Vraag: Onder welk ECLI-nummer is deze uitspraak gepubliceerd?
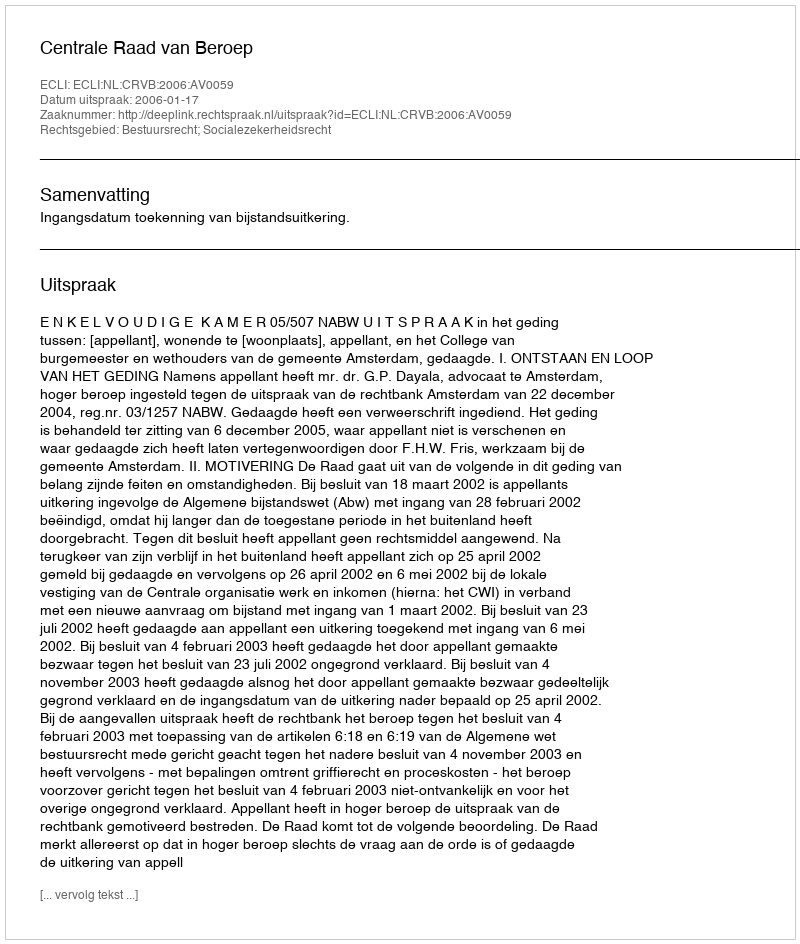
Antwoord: ECLI:NL:CRVB:2006:AV0059